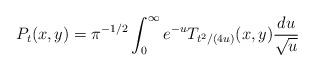
LaTeX: \begin{align*} P_t(x,y)= \pi^{-1/2}\int_0^{\infty} e^{-u}T_{t^2\slash (4u)}(x,y) \frac{du}{\sqrt{u}} \end{align*}